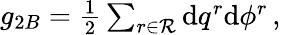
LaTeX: \begin{array}{r}{g_{2B}=\frac{1}{2}\sum_{r\in\mathcal{R}}\mathrm{d}q^{r}\mathrm{d}\phi^{r}\, ,}\end{array}